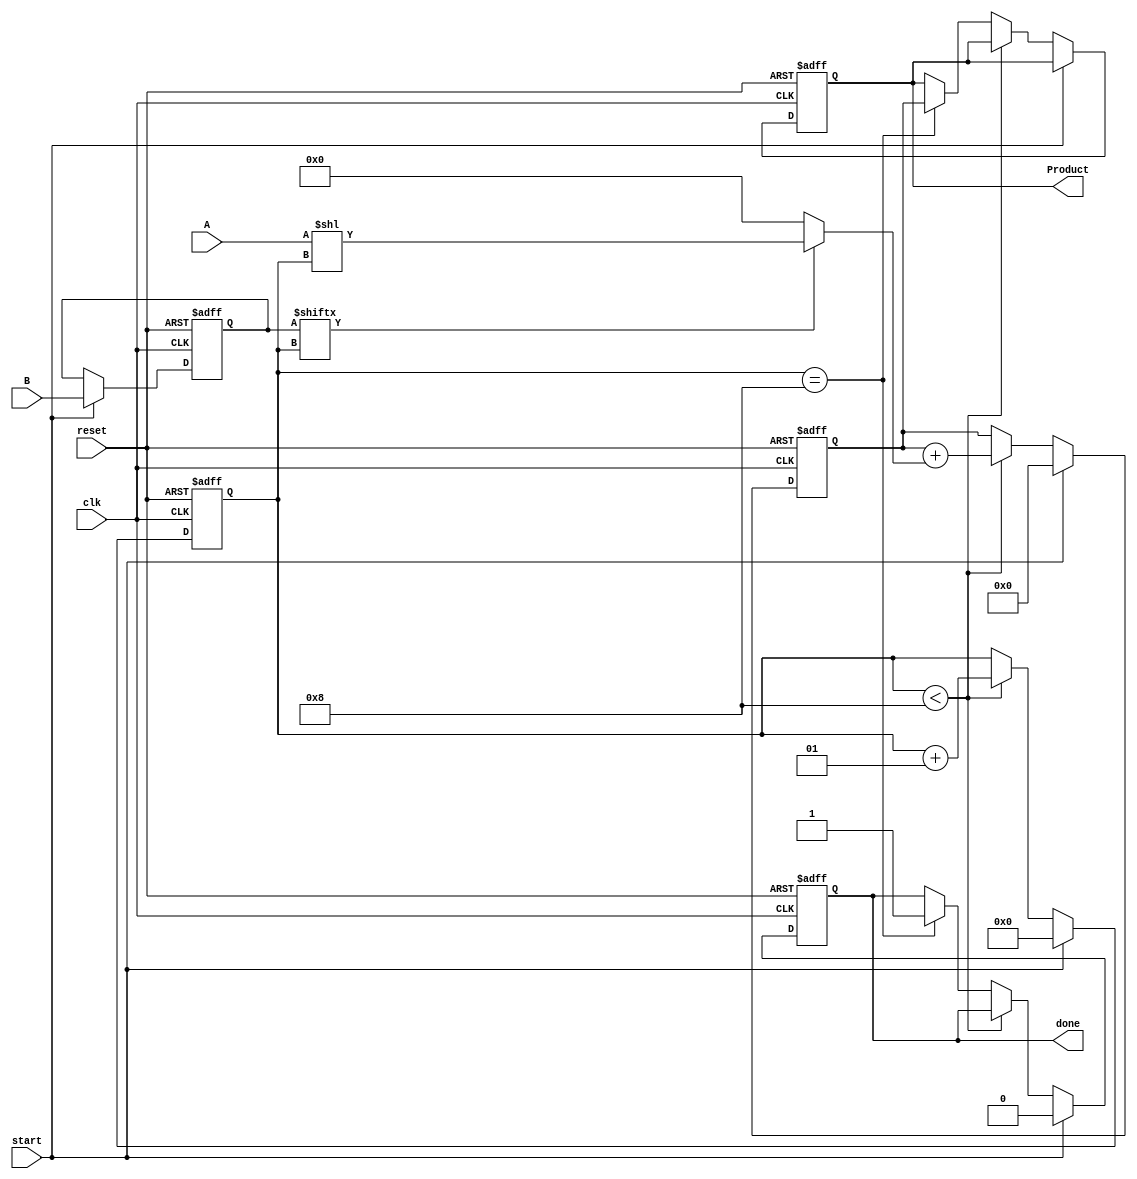
module PartialProductAccumulator #(
    parameter N = 8,  // Bit-width of multiplicand
    parameter M = 8   // Bit-width of multiplier
) (
    input  wire [N-1:0] A,         // Multiplicand
    input  wire [M-1:0] B,         // Multiplier
    input  wire clk,                // Clock signal
    input  wire reset,              // Asynchronous reset
    input  wire start,              // Start signal
    output reg [N+M-1:0] Product,   // Final product
    output reg done                 // Done signal
);

    reg [M-1:0] multiplier;          // Internal register for the multiplier
    reg [N-1:0] partial_product;      // Internal register for the current partial product
    reg [N+M-1:0] accumulator;        // Accumulator for the final product
    integer count;                   // Counter for the bits processed

    // Asynchronous reset
    always @(posedge clk or posedge reset) begin
        if (reset) begin
            Product <= 0;
            accumulator <= 0;
            done <= 0;
            count <= 0;
            multiplier <= 0;
        end else if (start) begin
            // Initialize the multiplication process
            multiplier <= B;
            accumulator <= 0;
            count <= 0;
            done <= 0;
        end else if (count < M) begin
            // Generate partial product
            partial_product = (multiplier[count]) ? (A << count) : 0;
            // Accumulate the partial product
            accumulator <= accumulator + partial_product;
            count <= count + 1;
        end else if (count == M) begin
            // Finalize the product and signal done
            Product <= accumulator;
            done <= 1;
        end
    end

endmodule